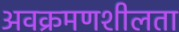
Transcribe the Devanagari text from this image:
अवक्रमणशीलता